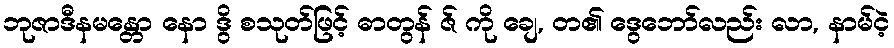
ဘုဇာဒီနမန္တော နော ဒွိ စသုတ်ဖြင့် ဓာတွန် ဇ် ကို ချေ, တ၏ ဒွေဘော်လည်း လာ, နာမ်ငဲ့